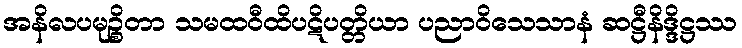
အနိလပမုဉ္စိတာ သမထဝီထိပဋိပတ္တိယာ ပညာဝိသေသာနံ ဆဋ္ဌီနိဒ္ဒိဋ္ဌဿ